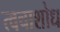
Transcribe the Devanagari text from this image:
त्वचाशोध